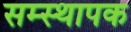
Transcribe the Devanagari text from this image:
सम्स्थापक